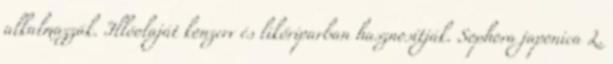
alkalmazzák. Illóolaját konzerv és likőriparban hasznosítják. Sophora japonica L.